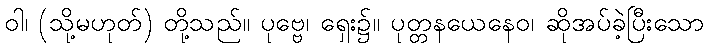
ဝါ၊ (သို့မဟုတ်) တို့သည်။ ပုဗ္ဗေ၊ ရှေး၌။ ပုတ္တနယေနေဝ၊ ဆိုအပ်ခဲ့ပြီးသော